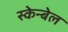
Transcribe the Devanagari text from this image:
स्केन्बेल